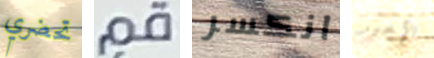
تحضري قم انكسر الآخير